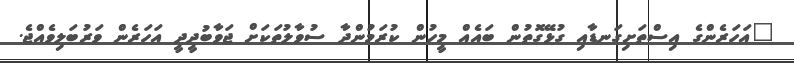
"އަހަރެންގެ އިސްތަށިގަނޑާއި ގުޅޭގޮތުން ބައެއް މީހުން ކުރަމުންދާ ސުވާލުތަކަށް ޖަވާބުދީދީ އަހަރެން ވަރުބަލިވެއްޖެ.